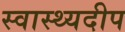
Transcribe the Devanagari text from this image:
स्वास्थ्यदीप